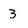
Character: 3